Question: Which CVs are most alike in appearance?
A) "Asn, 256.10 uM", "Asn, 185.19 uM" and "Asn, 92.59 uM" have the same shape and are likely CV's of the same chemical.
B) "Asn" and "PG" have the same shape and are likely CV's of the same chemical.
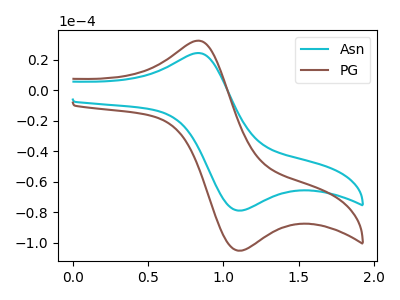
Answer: <think>The cyan curve "Asn" has an anodic peak at (0.80V, 24.30uA) and a cathodic peak at (1.10V, -78.90uA). The brown curve "PG" has an anodic peak at (0.80V, 32.35uA) and a cathodic peak at (1.10V, -105.15uA).
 All the peaks in "Asn" have a peak in "PG" at the same potential. Every peak in "Asn" is lower than every peak in "PG".</think>
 <answer>B) "Asn" and "PG" have the same shape and are likely CV's of the same chemical.</answer>
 <eval>B</eval>